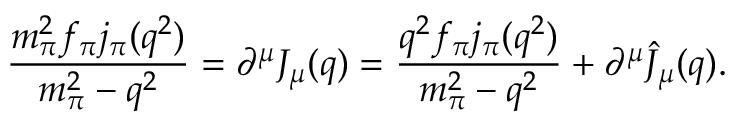
\displaystyle { \frac { m _ { \pi } ^ { 2 } f _ { \pi } j _ { \pi } ( q ^ { 2 } ) } { m _ { \pi } ^ { 2 } - q ^ { 2 } } = \partial ^ { \mu } J _ { \mu } ( q ) = \frac { q ^ { 2 } f _ { \pi } j _ { \pi } ( q ^ { 2 } ) } { m _ { \pi } ^ { 2 } - q ^ { 2 } } + \partial ^ { \mu } \widehat J _ { \mu } ( q ) . }